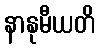
နာနုမီယတိ